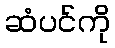
ဆံပင်ကို